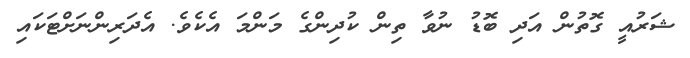
ޝަރުއީ ގޮތުން އަދި ބޮޑު ނުވާ ތިން ކުދިންގެ މަންމަ އެކެވެ. އެދަރިންނަށްޓަކައި